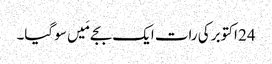
24 اکتوبر کی رات ایک بجے مَیں سو گیا۔